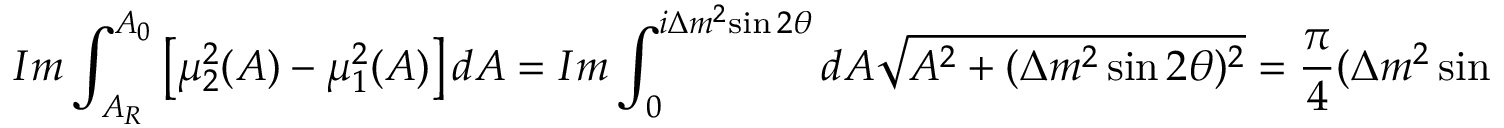
{ \cal I } m \int _ { A _ { R } } ^ { A _ { 0 } } \left[ { \mu _ { 2 } ^ { 2 } ( A ) } - { \mu _ { 1 } ^ { 2 } ( A ) } \right] d A = { \cal I } m \int _ { 0 } ^ { i { \Delta { m } ^ { 2 } } { \sin 2 \theta } } d A \sqrt { { A } ^ { 2 } + ( { \Delta { m } ^ { 2 } \sin 2 \theta } ) ^ { 2 } } = \frac { \pi } { 4 } ( { \Delta { m } ^ { 2 } \sin 2 \theta } ) ^ { 2 } \; .